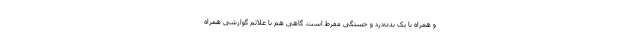
و همراه با یک بدن‌درد و خستگی مفرط است. گاهی هم با علائم گوارشی همراه